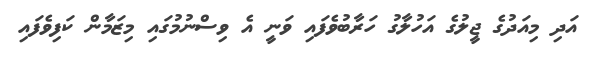
އަދި މިއަދުގެ ޖީލުގެ އަހުލާގު ހަރާބުވެފައި ވަނީ އެ ވިސްނުމުގައި މިޒަމާން ކަފިވެފައި